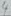
Text: 4